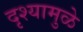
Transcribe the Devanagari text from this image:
दृश्यामुळे